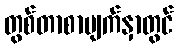
တွစ်တာစာမျက်နှာတွင်